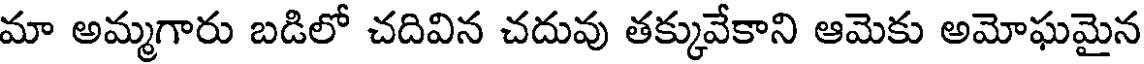
మా అమ్మగారు బడిలో చదివిన చదువు తక్కువేకాని ఆమెకు అమోఘమైన